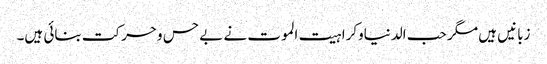
زبانیں ہیں مگر حب الدنیاوکراہیت الموت نے بے حس وحرکت بنائی ہیں۔